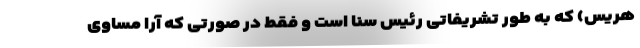
هریس) که به طور تشریفاتی رئیس سنا است و فقط در صورتی که آرا مساوی